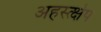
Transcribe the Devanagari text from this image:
अहस्त्क्षेप